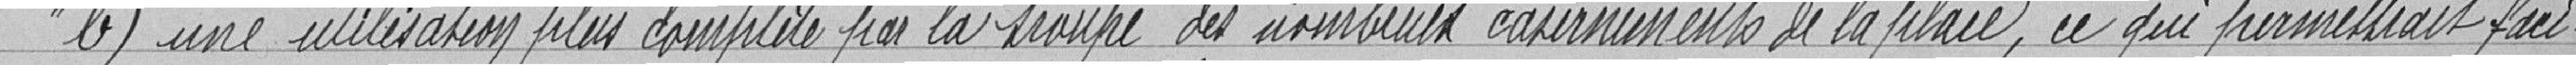
b) une utilisation plus complète par la troupe des nombreux armements de la place, ce qui permettrait faci-